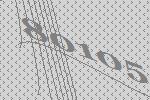
80105